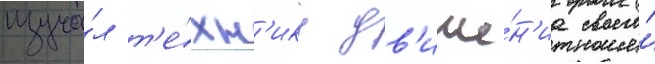
изуча́л т'е́хн'ику дв'иже́н'иа своего́